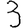
Digit: 3